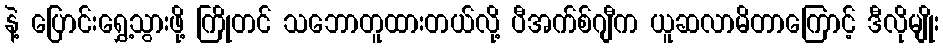
နဲ့ ပြောင်းရွှေ့သွားဖို့ ကြိုတင် သဘောတူထားတယ်လို့ ပီအက်စ်ဂျီက ယူဆလာမိတာကြောင့် ဒီလိုမျိုး